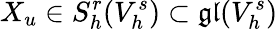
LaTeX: X_{u}\in S_{h}^{r}(V_{h}^{s})\subset\mathfrak{gl}(V_{h}^{s})